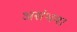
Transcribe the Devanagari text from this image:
असंभव।